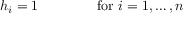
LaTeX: h _ { i } = 1 \, \qquad \qquad { \mathrm { f o r ~ } } i = 1 , \ldots , n